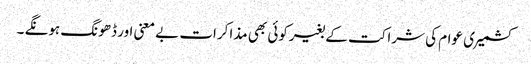
کشمیری عوام کی شراکت کے بغیرکوئی بھی مذاکرات بے معنی اور ڈھونگ ہونگے ۔